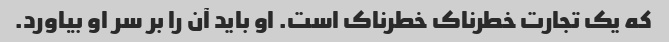
که یک تجارت خطرناک خطرناک است. او باید آن را بر سر او بیاورد.